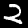
Digit: 2